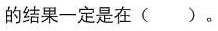
b的结果一定是在()。